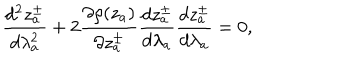
\frac { d ^ { 2 } z _ { a } ^ { \pm } } { d \lambda _ { a } ^ { 2 } } + 2 \frac { \partial \rho ( z _ { a } ) } { \partial z _ { a } ^ { \pm } } \frac { d z _ { a } ^ { \pm } } { d \lambda _ { a } } \frac { d z _ { a } ^ { \pm } } { d \lambda _ { a } } = 0 ,